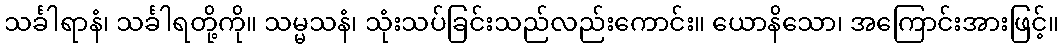
သင်္ခါရာနံ၊ သင်္ခါရတို့ကို။ သမ္မသနံ၊ သုံးသပ်ခြင်းသည်လည်းကောင်း။ ယောနိသော၊ အကြောင်းအားဖြင့်။